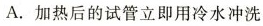
A.加热后的试管立即用冷水冲洗